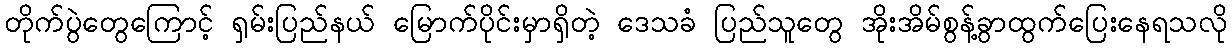
တိုက်ပွဲတွေကြောင့် ရှမ်းပြည်နယ် မြောက်ပိုင်းမှာရှိတဲ့ ဒေသခံ ပြည်သူတွေ အိုးအိမ်စွန့်ခွာထွက်ပြေးနေရသလို